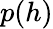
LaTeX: p(h)